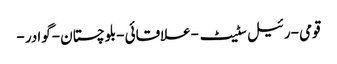
قومی -رئیل سٹیٹ -علاقائی -بلوچستان -گوادر -